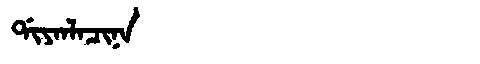
Manchu: ᡩᡳᠶᠠᠨᠯᠠᠴᡳᠨᠠ
Romanization: DIYANLACINA